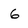
Character: 6